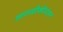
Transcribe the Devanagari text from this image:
आगळीकीनंतर